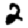
Digit: 2